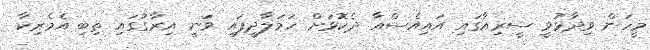
މީހަން ވިދާޅުވީ ސީރިއާގައި އައިއެސްއާ ދެކޮޅަށް ހަމަލާދީފައި ވަނީ އިރާގުގައި ތިބި އެމެރިކާ